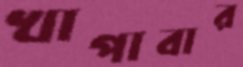
খাপাবার